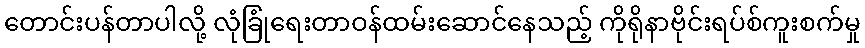
တောင်းပန်တာပါလို့ လုံခြုံရေးတာဝန်ထမ်းဆောင်နေသည့် ကိုရိုနာဗိုင်းရပ်စ်ကူးစက်မှု